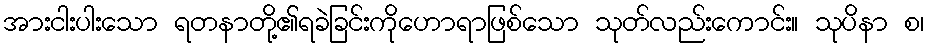
အားငါးပါးသော ရတနာတို့၏ရခဲခြင်းကိုဟောရာဖြစ်သော သုတ်လည်းကောင်း။ သုပိနာ စ၊